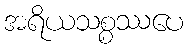
အရိယသစ္စဿပေ